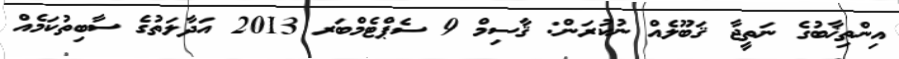
އިންތިޚާބުގެ ނަތީޖާ ޤަބޫލެއް ނުކުރަން: ޤާސިމް 9 ސެޕްޓެމްބަރ 2013 އަދާލަތުގެ ސާބިތުކަމެއް